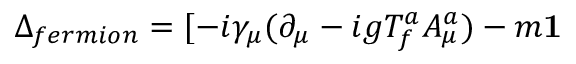
\Delta _ { f e r m i o n } = [ - i \gamma _ { \mu } ( \partial _ { \mu } - i g T _ { f } ^ { a } A _ { \mu } ^ { a } ) - m { \bf 1 }